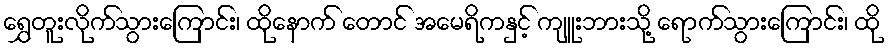
ရွှေတူးလိုက်သွားကြောင်း၊ ထိုနောက် တောင် အမေရိကနှင့် ကျူးဘားသို့ ရောက်သွားကြောင်း၊ ထို